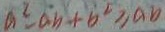
a ^ { 2 } - a b + b ^ { 2 } \geq a b